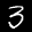
Label: 3